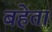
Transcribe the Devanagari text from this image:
बहेता